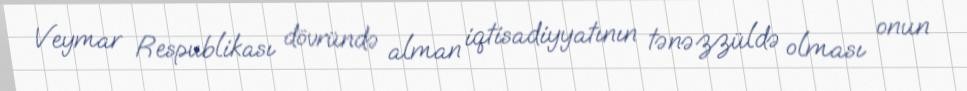
Veymar Respublikası dövründə alman iqtisadiyyatının tənəzzüldə olması onun